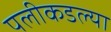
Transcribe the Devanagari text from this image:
पलीकडल्या